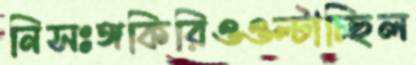
নিসঃঙ্গকিরিওওল্‌টাচ্ছিল